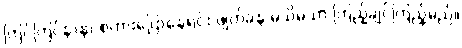
ကြင်ကြင်နာနာ စကားပြောနေရင်း ဖျတ်ခနဲ မသိမသာ ကြည့်ချင်ကြည့်မည်။